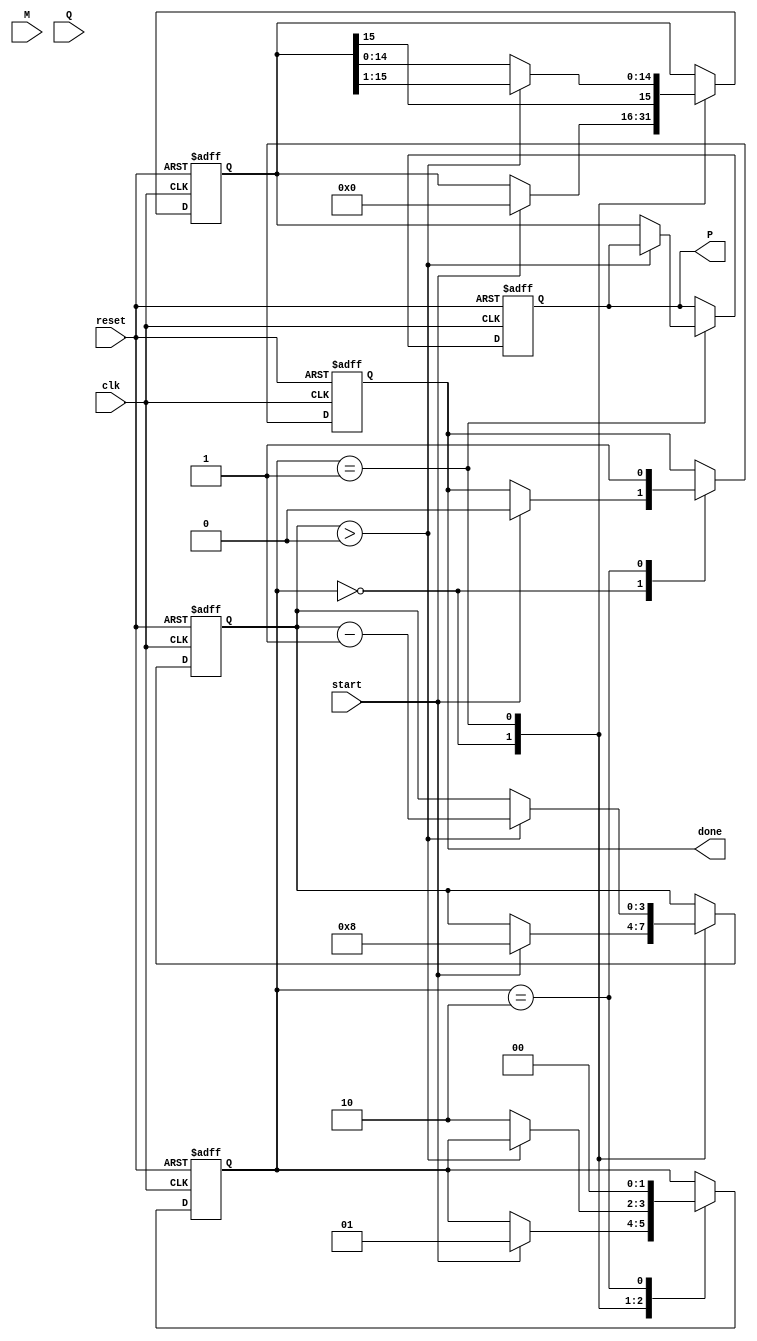
module modified_booth_multiplier #(parameter n = 8) (
    input wire clk,
    input wire reset,
    input wire [n-1:0] M,  // Multiplicand
    input wire [n-1:0] Q,  // Multiplier
    input wire start,
    output reg [2*n-1:0] P, // Product
    output reg done         // Operation complete
);

    // Internal signals
    reg [n-1:0] M_reg;
    reg [n-1:0] Q_reg;
    reg [n:0] Q_ext; // Extended Q, n bits + 1 for Q[-1]
    reg [2*n-1:0] A; // Accumulator
    reg [3:0] count; // Iteration counter
    reg [1:0] state; // State machine for control

    localparam IDLE = 2'b00, RUN = 2'b01, DONE = 2'b10;

    always @(posedge clk or posedge reset) begin
        if (reset) begin
            // Reset all registers and outputs
            P <= 0;
            A <= 0;
            Q_reg <= 0;
            M_reg <= 0;
            count <= 0;
            Q_ext <= 0;
            state <= IDLE;
            done <= 0;
        end else begin
            case (state)
                IDLE: begin
                    if (start) begin
                        // Initialize registers for multiplication
                        M_reg <= M;
                        Q_reg <= Q;
                        Q_ext <= {1'b0, Q}; // Initialize Q[-1] to 0
                        A <= 0; // Clear the accumulator
                        count <= n; // Set the count for n iterations
                        state <= RUN;
                        done <= 0;
                    end
                end

                RUN: begin
                    if (count > 0) begin
                        case ({Q_ext[1:0]}) // Check last two bits of Q
                            2'b00: begin
                                // No operation
                            end
                            2'b01: begin
                                // Add M to A
                                A <= A + {M_reg, {n{1'b0}}}; // Shift M left by n
                            end
                            2'b10: begin
                                // Subtract M from A
                                A <= A - {M_reg, {n{1'b0}}}; // Shift M left by n
                            end
                            2'b11: begin
                                // No operation
                            end
                        endcase

                        // Arithmetic right shift of A and Q
                        {A, Q_ext} <= {A[2*n-1], A[2*n-1:1], Q_ext[0], Q_ext[1:n]}; // Shift A and Q_ext
                        count <= count - 1;
                    end else begin
                        // Store the result in P and transition to DONE
                        P <= A;
                        state <= DONE;
                    end
                end

                DONE: begin
                    done <= 1; // Indicate completion
                    state <= IDLE; // Reset to IDLE for next operation
                end
            endcase
        end
    end
endmodule